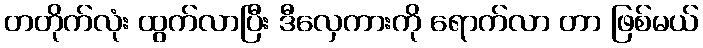
တတိုက်လုံး ထွက်လာပြီး ဒီလှေကားကို ရောက်လာ တာ ဖြစ်မယ်